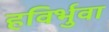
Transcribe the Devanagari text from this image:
हविर्भुवा